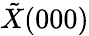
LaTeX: \tilde{X}(000)